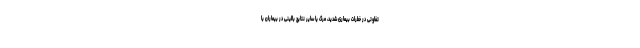
تفاوتی در خطرات بیماری شدید، مرگ یا سایر نتایج بالینی در بیماران با